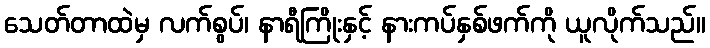
သေတ်တာထဲမှ လက်စွပ်၊ နာရီကြိုးနှင့် နားကပ်နှစ်ဖက်ကို ယူလိုက်သည်။